Insane asylums Bombay 1873-77 - 1873-1877
Year: 1873
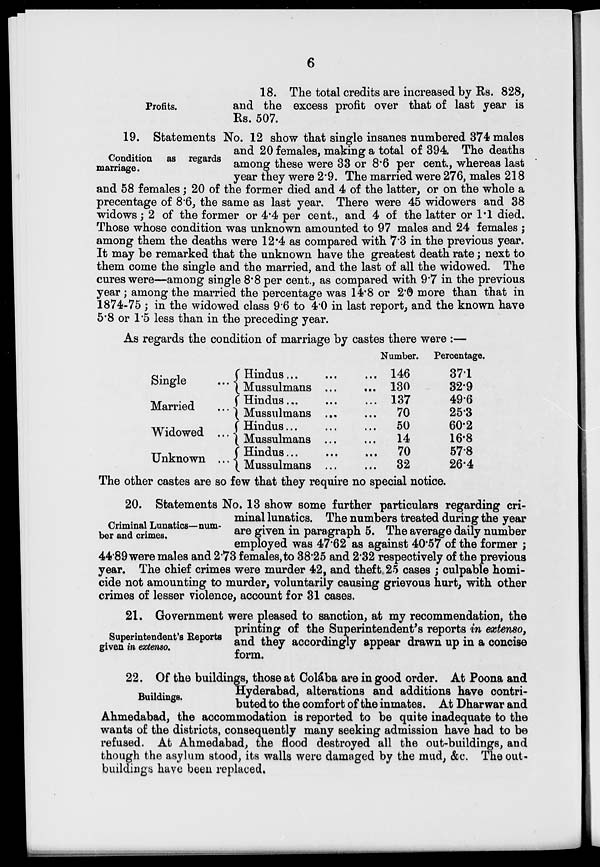
6
Profits.
18. The total credits are increased by Rs. 828,
and the excess profit over that of last year is
Rs. 507.
Condition as regards
marriage.
19. Statements No. 12 show that single insanes numbered 374 males
and 20 females, making a total of 394 The deaths
among these were 33 or 8.6 per cent., whereas last
year they were 2.9. The married were 276, males 218
and 58 females ; 20 of the former died and 4 of the latter, or on the whole a
precentage of 8.6, the same as last year. There were 45 widowers and 38
widows ; 2 of the former or 4.4 per cent., and 4 of the latter or 1.1 died.
Those whose condition was unknown amounted to 97 males and 24 females ;
among them the deaths were 12.4 as compared with 7.3 in the previous year.
It may be remarked that the unknown have the greatest death rate ; next to
them come the single and the married, and the last of all the widowed. The
cures were—among single 8.8 per cent., as compared with 9.7 in the previous
year ; among the married the percentage was 14.8 or 2.0 more than that in
1874-75 ; in the widowed class 9.6 to 4.0 in last report, and the known have
5.8 or 1.5 less than in the preceding year.
As regards the condition of marriage by castes there were :—
Single
...
Married
...
Widowed ...
Unknown ...
Hindus ... ... ...
Mussulmans
...
...
Hindus ... ... ...
Mussulmans ... ...
Hindus ... ... ...
Mussulmans ... ...
Hindus ... ... ...
Mussulmans ... ...
Number.
146
130
137
70
50
14
70
82
Percentage.
37.1
32.9
49.6
25.3
60.2
16.8
57.8
26.4
The other castes are so few that they require no special notice.
Criminal Lunatics—num-
ber and crimes.
20. Statements No. 13 show some further particulars regarding cri-
minal lunatics. The numbers treated during the year
are given in paragraph 5. The average daily number
employed was 47.62 as against 40.57 of the former ;
44.89 were males and 2.73 females, to 38.25 and 2.32 respectively of the previous
year. The chief crimes were murder 42, and theft 25 cases ; culpable homi-
cide not amounting to murder, voluntarily causing grievous hurt, with other
crimes of lesser violence, account for 31 cases.
Superintendent's Reports
given in extenso.
21. Government were pleased to sanction, at my recommendation, the
printing of the Superintendent's reports in extenso,
and they accordingly appear drawn up in a concise
form.
Buildings.
22. Of the buildings, those at Colába are in good order. At Poona and
Hyderabad, alterations and additions have contri-
buted to the comfort of the inmates. At Dharwar and
Ahmedabad, the accommodation is reported to be quite inadequate to the
wants of the districts, consequently many seeking admission have had to be
refused. At Ahmedabad, the flood destroyed all the out-buildings, and
though the asylum stood, its walls were damaged by the mud, &c. The out-
buildings have been replaced.